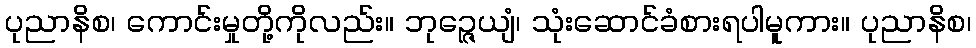
ပုညာနိစ၊ ကောင်းမှုတို့ကိုလည်း။ ဘုဉ္ဇေယျံ၊ သုံးဆောင်ခံစားရပါမူကား။ ပုညာနိစ၊